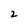
Character: 2